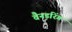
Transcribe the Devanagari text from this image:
वैनडरिंग